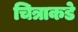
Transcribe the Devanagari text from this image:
चित्राकडे